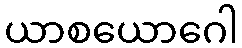
ယာစယောဂေါ